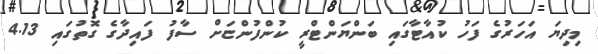
މިދިޔަ އަހަރުގެ ފަހު ކުއާޓާގައި ބަންޔަންޓްރީ ކުންފުންޏަށް ސާފު ފައިދާގެ ގޮތުގައި 4.13